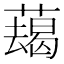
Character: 𦿋